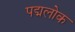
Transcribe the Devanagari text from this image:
पद्मलोक